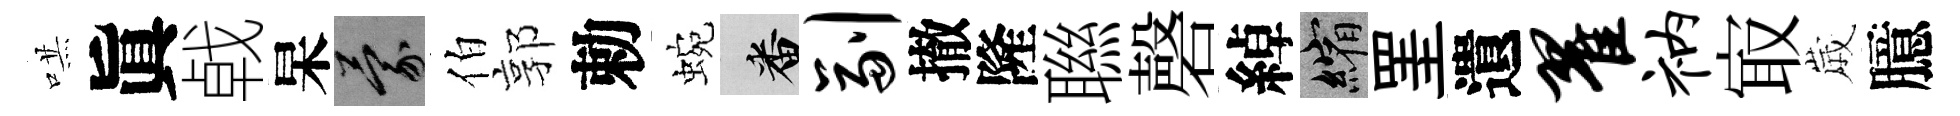
哄眞㦸杲蒙伯郭勅蜿番副撤隆聮磬綽縮罣遺翟衲㝡𡻕臆